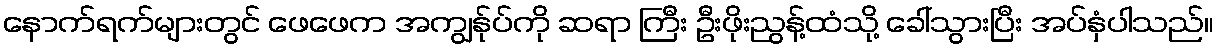
နောက်ရက်များတွင် ဖေဖေက အကျွန်ုပ်ကို ဆရာ ကြီး ဦးဖိုးညွန့်ထံသို့ ခေါ်သွားပြီး အပ်နှံပါသည်။